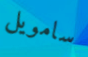
سامويل